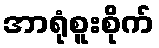
အာရုံစူးစိုက်